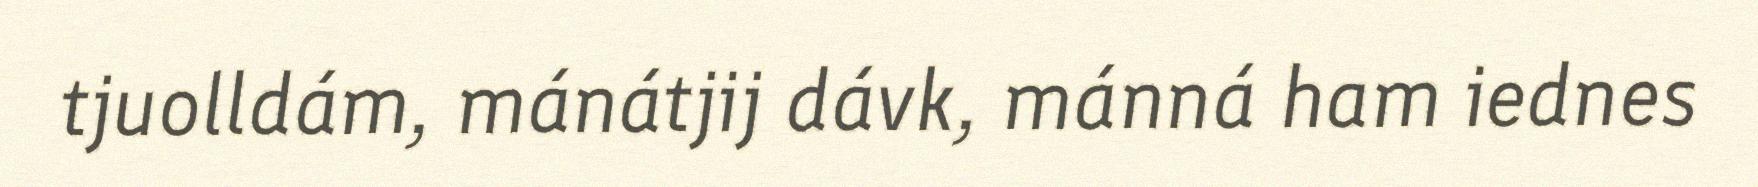
tjuolldám, mánátjij dávk, mánná ham iednes